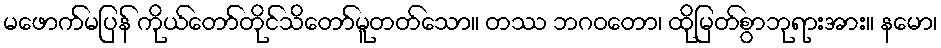
မဖောက်မပြန် ကိုယ်တော်တိုင်သိတော်မူတတ်သော။ တဿ ဘဂဝတော၊ ထိုမြတ်စွာဘုရားအား။ နမော၊